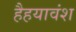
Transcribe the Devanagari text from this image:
हैहयावंश